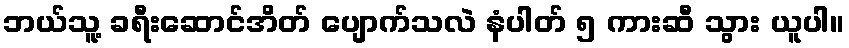
ဘယ်သူ့ ခရီးဆောင်အိတ် ပျောက်သလဲ နံပါတ် ၅ ကားဆီ သွား ယူပါ။